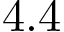
4 . 4